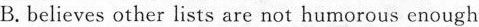
B.believes other lists are not humorous enough